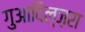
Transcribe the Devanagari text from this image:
गुआदिल्ज़रा